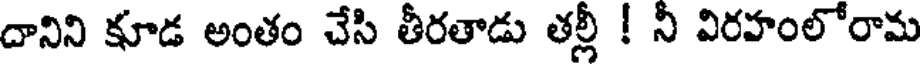
దానిని కూడ అంతం చేసి తీరతాడు తల్లీ ! నీ విరహంలోరామ